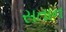
સતાન